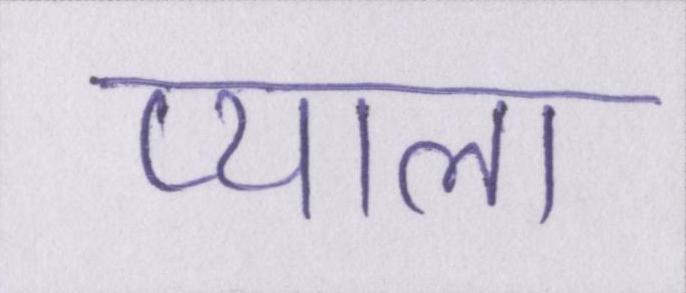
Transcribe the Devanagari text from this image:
प्याला